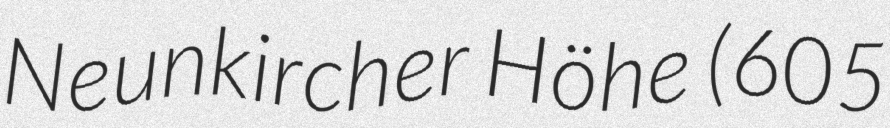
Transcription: Neunkircher Höhe (605